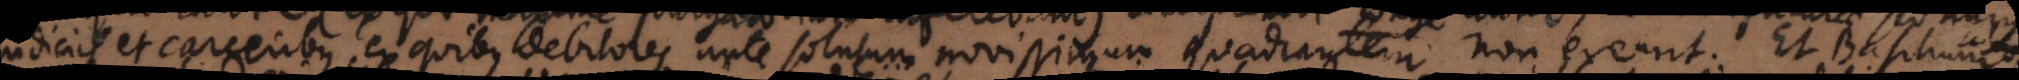
judiciis et carceribus, ex quibus debitores ante solutum novissimum quadrantem non exeunt. Et Basilium